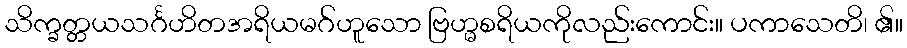
သိက္ခတ္တယသင်္ဂဟိတအရိယမဂ်ဟူသော ဗြဟ္မစရိယကိုလည်းကောင်း။ ပကာသေတိ၊ ၏။